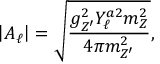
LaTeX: \left| A _ { \ell } \right| = \sqrt { \frac { g _ { Z ^ { \prime } } ^ { 2 } Y _ { \ell } ^ { a 2 } m _ { Z } ^ { 2 } } { 4 \pi m _ { Z ^ { \prime } } ^ { 2 } } } ,